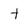
Character: t